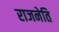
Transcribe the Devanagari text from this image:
राजनेति